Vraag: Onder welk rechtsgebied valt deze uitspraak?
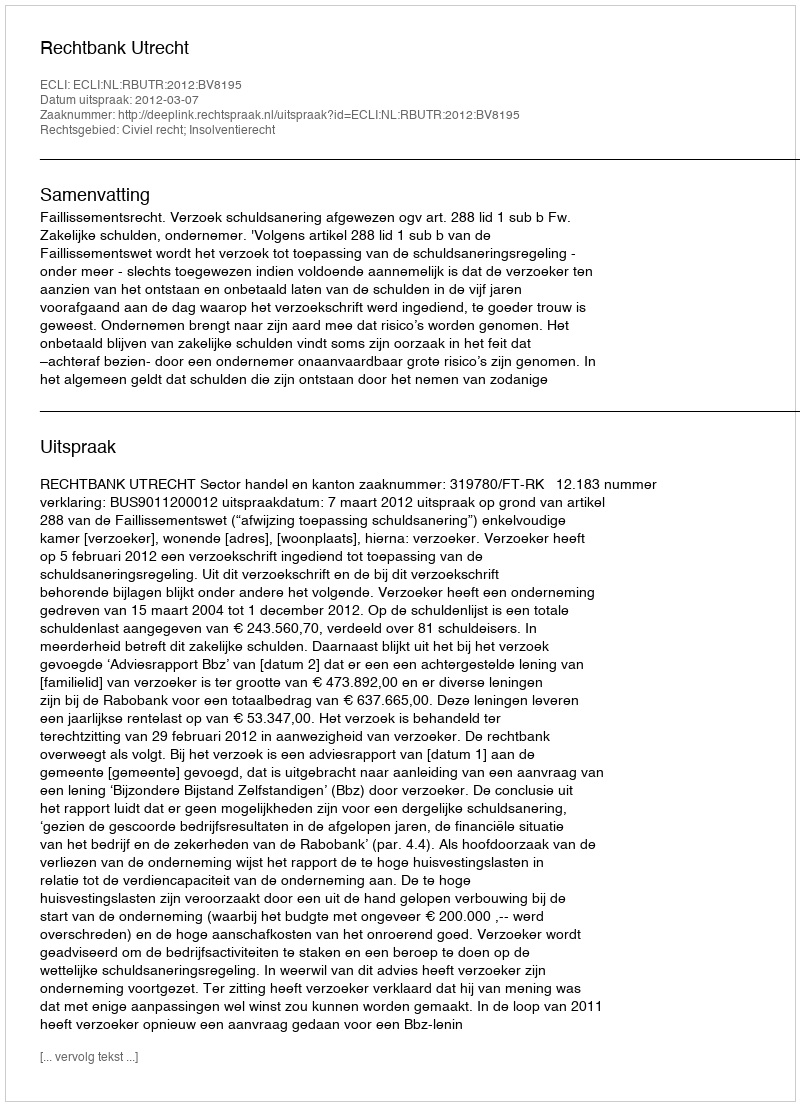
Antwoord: Civiel recht; Insolventierecht